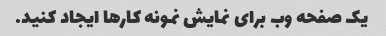
یک صفحه وب برای نمایش نمونه کارها ایجاد کنید.